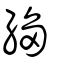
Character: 縐